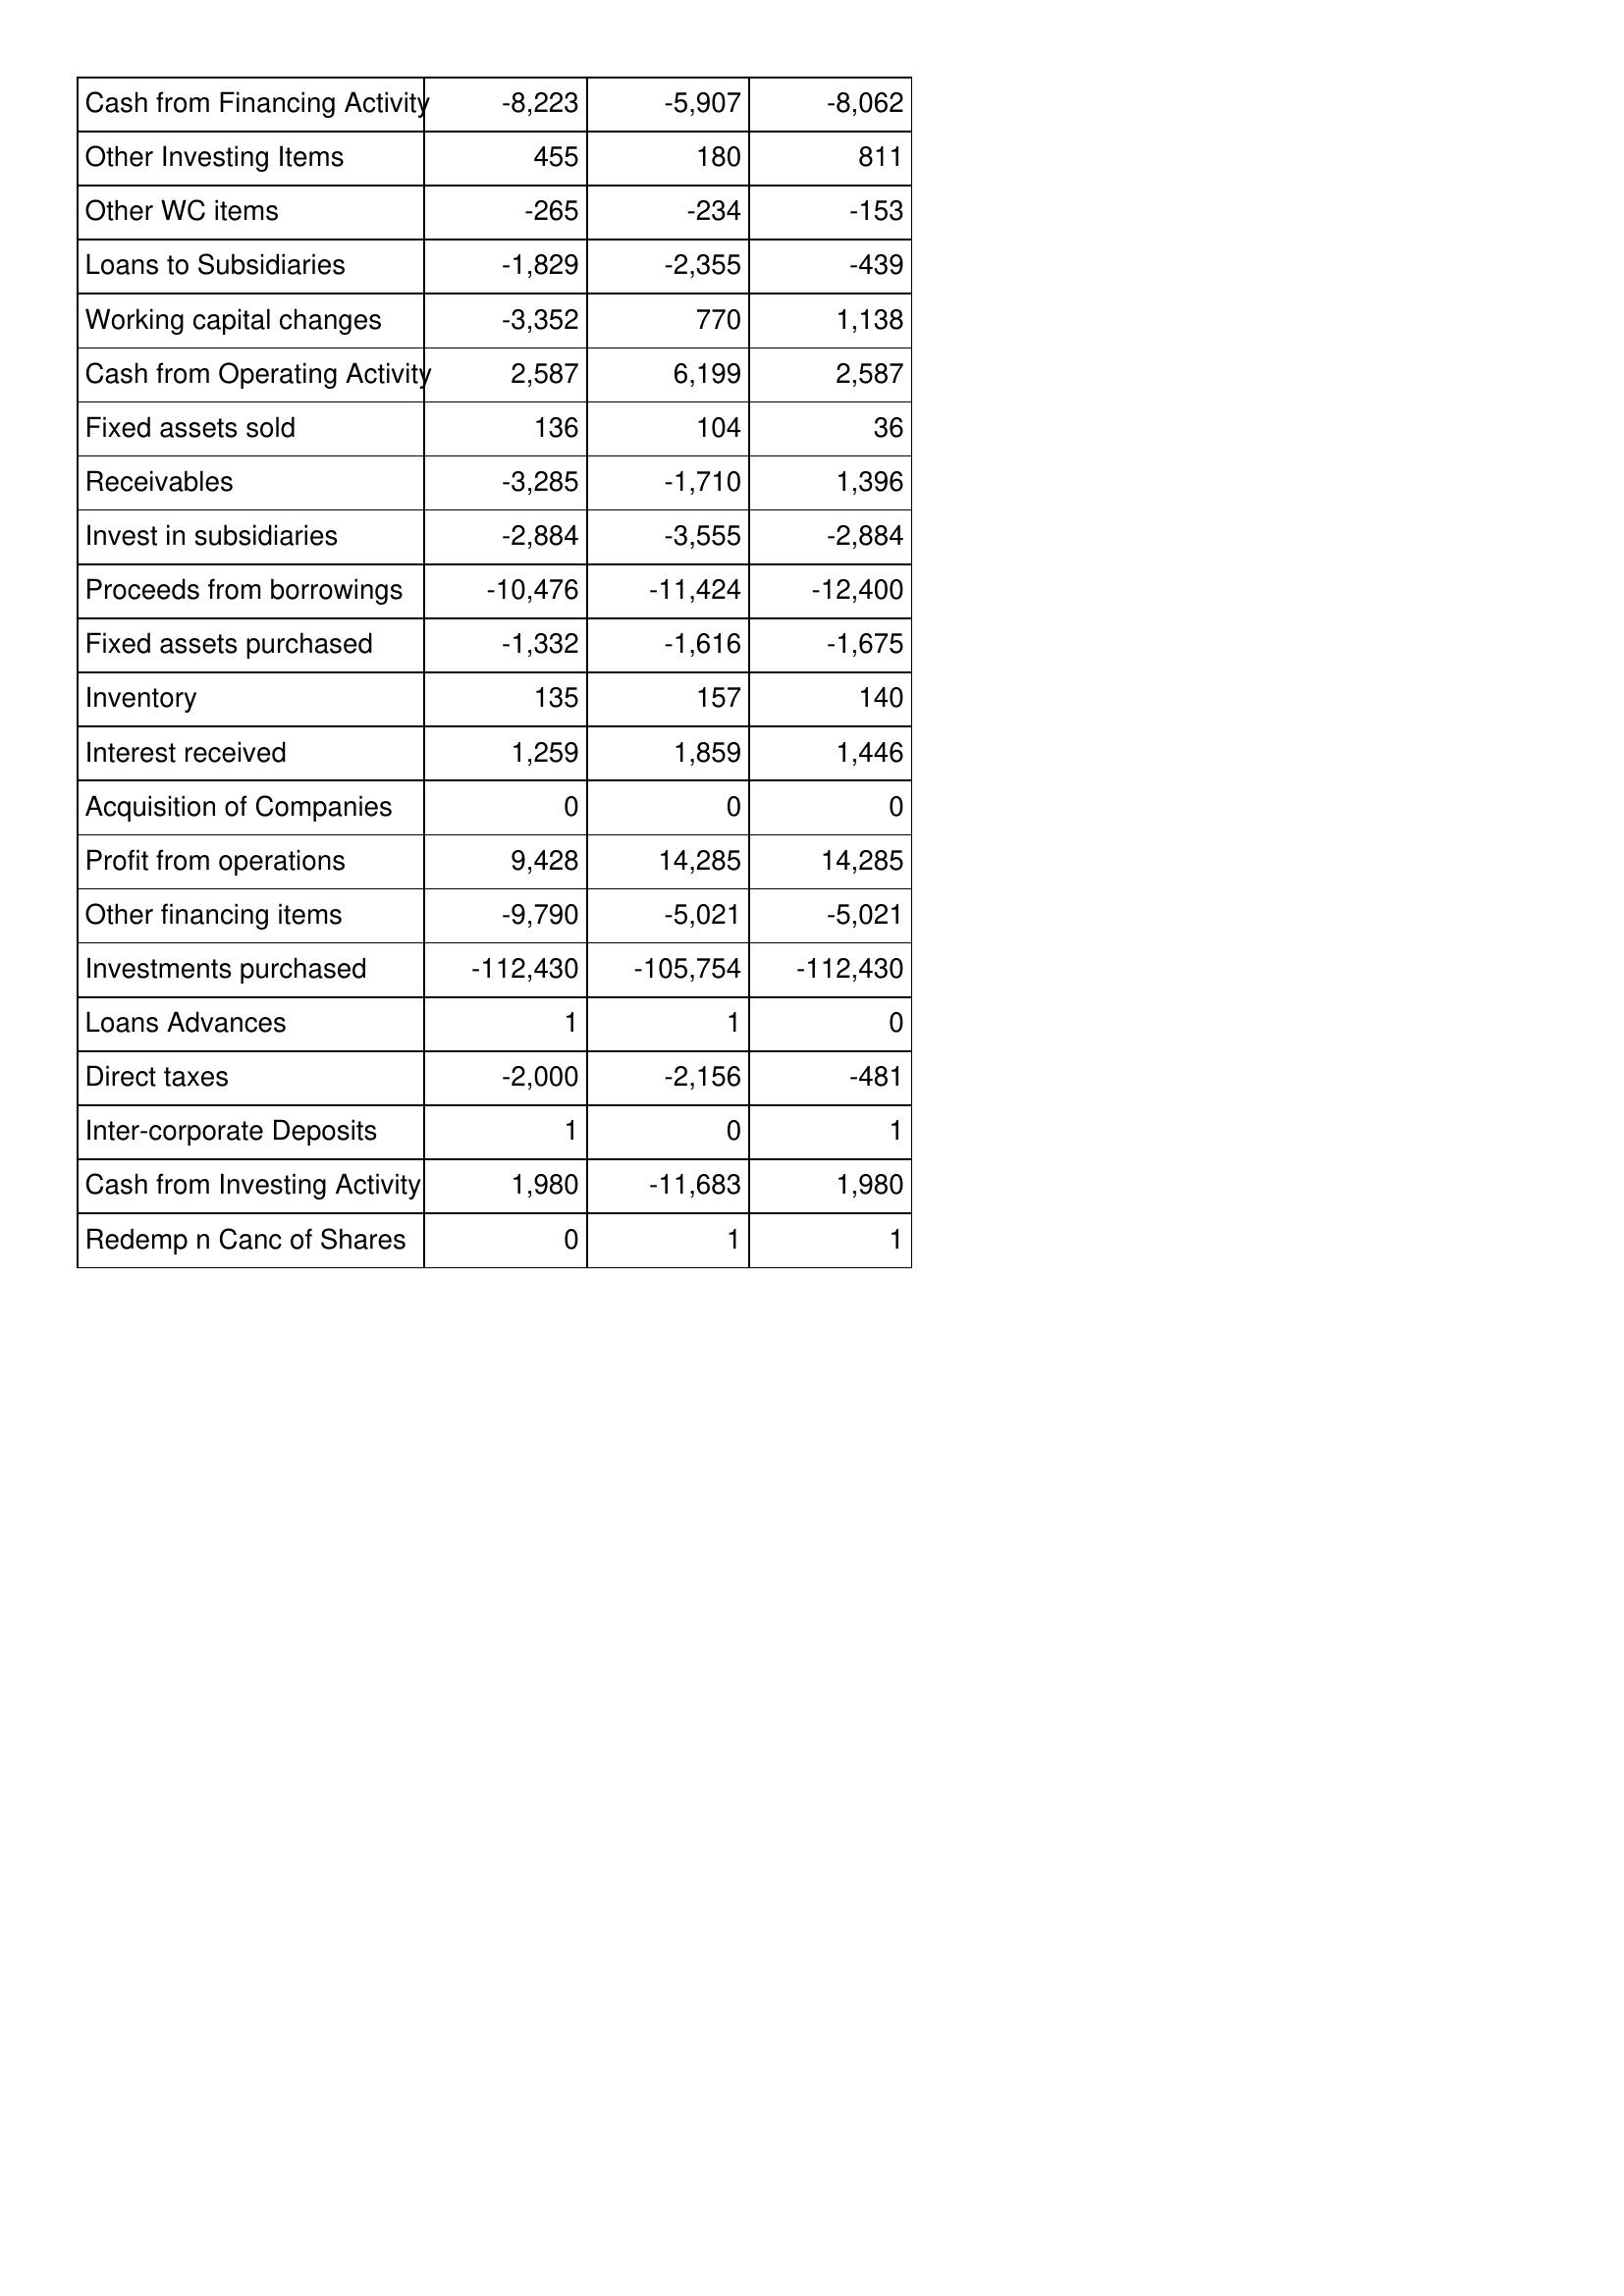
May-06: Cash Flows: Cash from Financing Activity: -8,223
Other Investing Items: 455
Other WC items: -265
Loans to Subsidiaries: -1,829
Working capital changes: -3,352
Cash from Operating Activity: 2,587
Fixed assets sold: 136
Receivables: -3,285
Invest in subsidiaries: -2,884
Proceeds from borrowings: -10,476
Fixed assets purchased: -1,332
Inventory: 135
Interest received: 1,259
Acquisition of Companies: 0
Profit from operations: 9,428
Other financing items: -9,790
Investments purchased: -112,430
Loans Advances: 1
Direct taxes: -2,000
Inter-corporate Deposits: 1
Cash from Investing Activity: 1,980
Redemp n Canc of Shares: 0
May-05: Cash Flows: Cash from Financing Activity: -5,907
Other Investing Items: 180
Other WC items: -234
Loans to Subsidiaries: -2,355
Working capital changes: 770
Cash from Operating Activity: 6,199
Fixed assets sold: 104
Receivables: -1,710
Invest in subsidiaries: -3,555
Proceeds from borrowings: -11,424
Fixed assets purchased: -1,616
Inventory: 157
Interest received: 1,859
Acquisition of Companies: 0
Profit from operations: 14,285
Other financing items: -5,021
Investments purchased: -105,754
Loans Advances: 1
Direct taxes: -2,156
Inter-corporate Deposits: 0
Cash from Investing Activity: -11,683
Redemp n Canc of Shares: 1
May-04: Cash Flows: Cash from Financing Activity: -8,062
Other Investing Items: 811
Other WC items: -153
Loans to Subsidiaries: -439
Working capital changes: 1,138
Cash from Operating Activity: 2,587
Fixed assets sold: 36
Receivables: 1,396
Invest in subsidiaries: -2,884
Proceeds from borrowings: -12,400
Fixed assets purchased: -1,675
Inventory: 140
Interest received: 1,446
Acquisition of Companies: 0
Profit from operations: 14,285
Other financing items: -5,021
Investments purchased: -112,430
Loans Advances: 0
Direct taxes: -481
Inter-corporate Deposits: 1
Cash from Investing Activity: 1,980
Redemp n Canc of Shares: 1